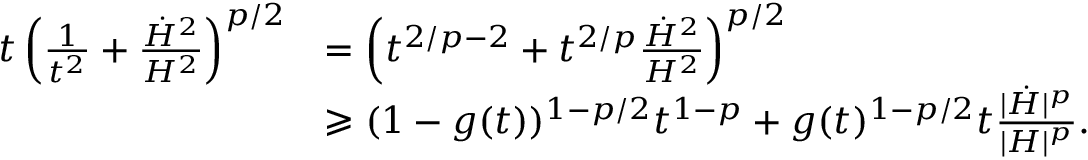
\begin{array} { r l } { t \left( \frac { 1 } { t ^ { 2 } } + \frac { \dot { H } ^ { 2 } } { H ^ { 2 } } \right) ^ { p / 2 } } & { = \left( t ^ { 2 / p - 2 } + t ^ { 2 / p } \frac { \dot { H } ^ { 2 } } { H ^ { 2 } } \right) ^ { p / 2 } } \\ & { \geqslant ( 1 - g ( t ) ) ^ { 1 - p / 2 } t ^ { 1 - p } + g ( t ) ^ { 1 - p / 2 } t \frac { | \dot { H } | ^ { p } } { | H | ^ { p } } . } \end{array}